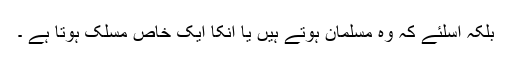
بلکہ اسلئے کہ وہ مسلمان ہوتے ہیں یا انکا ایک خاص مسلک ہوتا ہے ۔